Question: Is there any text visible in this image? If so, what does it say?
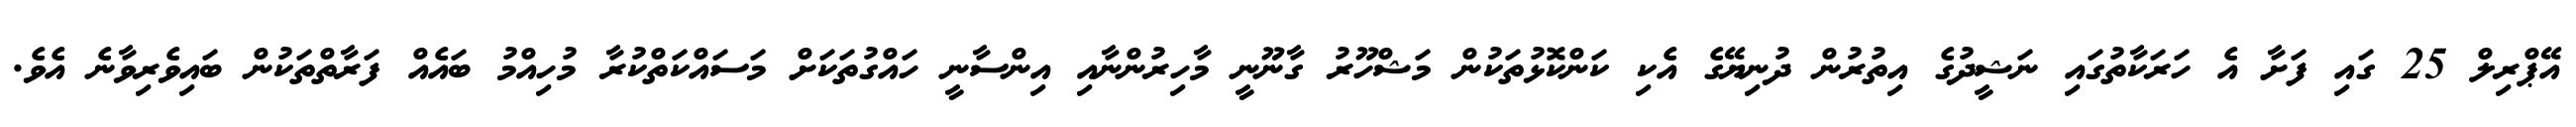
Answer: އޭޕްރިލް 25 ގައި ފަށާ އެ ހަރަކާތުގައި ނަޝީދުގެ އިތުރުން ދުނިޔޭގެ އެކި ކަންކޮޅުތަކުން މަޝްހޫރު ގާނޫނީ މާހިރުންނާއި އިންސާނީ ހައްގުތަކަށް މަސައްކަތްކުރާ މުހިއްމު ބައެއް ފަރާތްތަކުން ބައިވެރިވާނެ އެވެ.